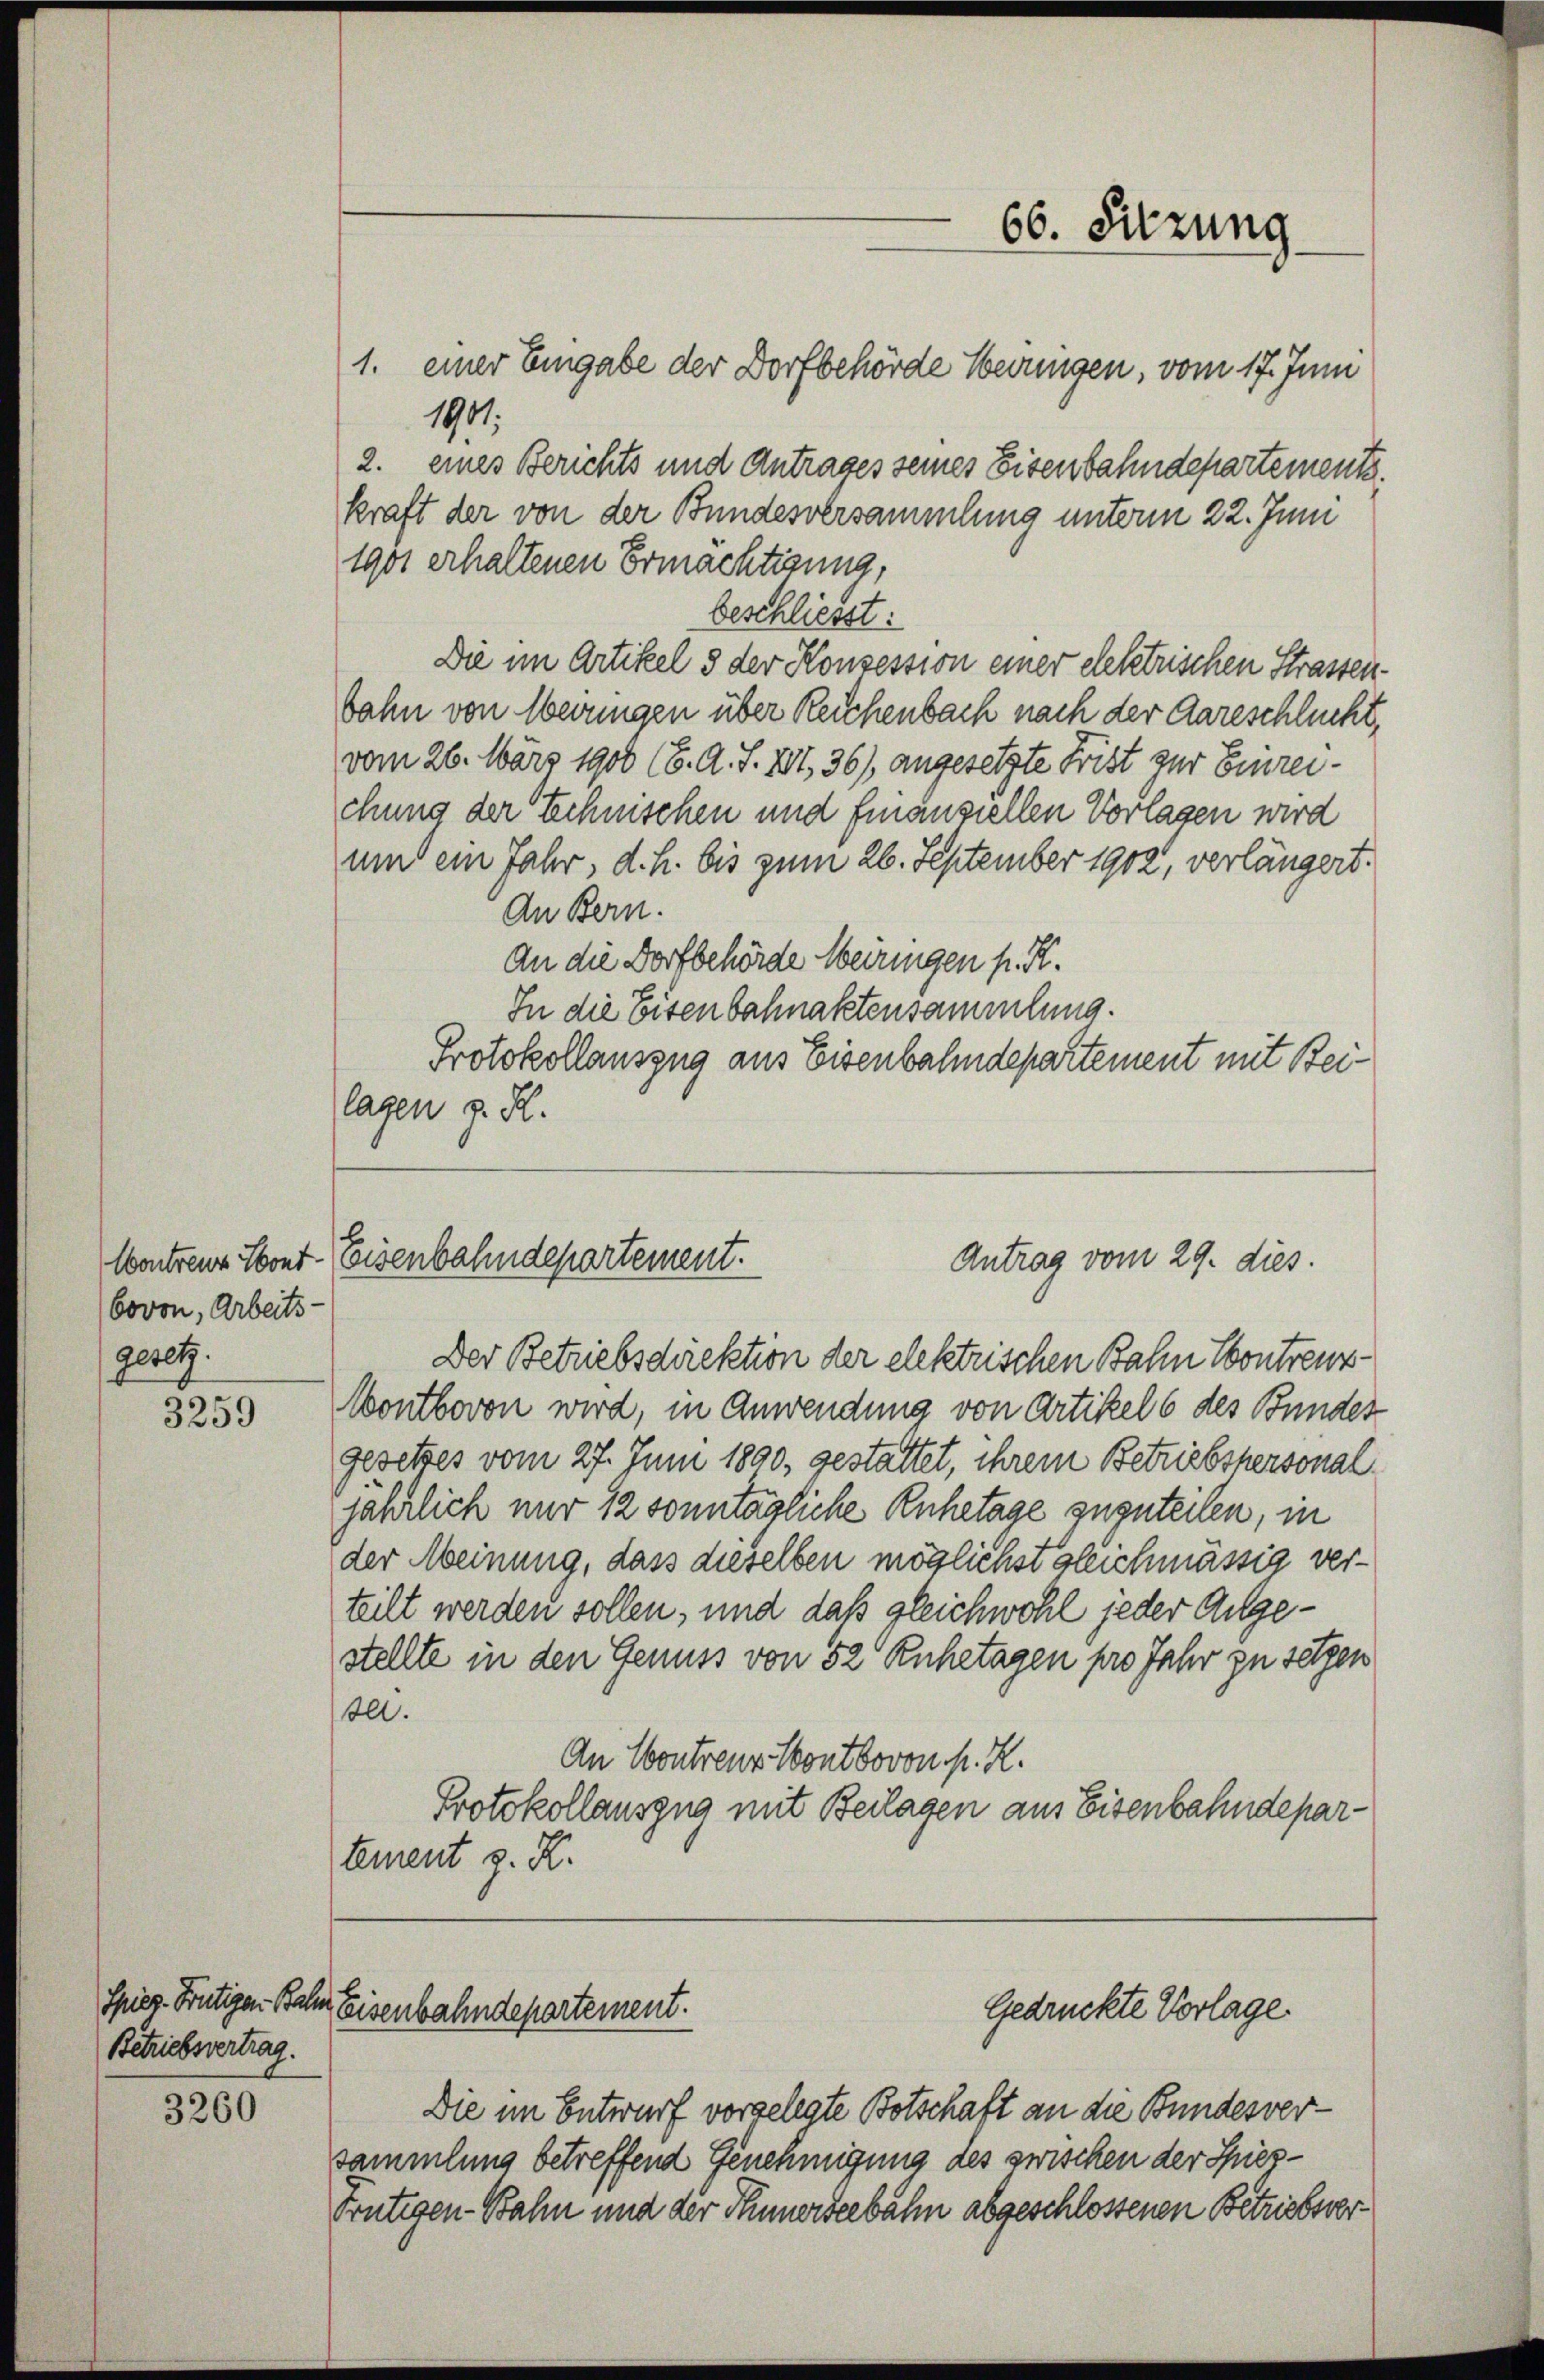
bovon, Arbeits-
gesetz.

3259

Spieg. Frutigen Bahn
Betriebsvertrag.

3260

1. einer Eingabe der Dorfbehörde serungen, vom 17. Juni
1941.
2. eines Berichts und Antrages seines Eisenbahndepartements.
kraft der von der Bundesversammlung unterm 22. Juni
1901 erhaltenen Ermächtigung,
beschliesst:
Die im Artikel 5 der Konzession einer elektrischen Strassen
bahn von Meiringen über Reichenbach nach der Aareschlucht,
vom 26. März 1900 (6. A. S. XVI, 36), angesetzte Frist zur Einreichung der Technischen und finanziellen Vorlagen wird
um ein Jahr, d.h. bis zum 26. September 1902, verlängert.
An Bern.
An die Dorfbehörde Meiringen p. K.
In die Eisenbahnaktensammlung.
Protokollauszug aus Eisenbahndepartement mit Beilagen z. R.

Der Betriebsdirektion der elektrischen Bahn Contrenz¬
Montbovon wird, in Anwendung von Artikel 6 des Bundes
gesetzes vom 27. Juni 1890, gestattet, ihrem Betriebstersonaljährlich nur 12 sonntägliche Anhetage zugeteilen, in
der Meinung, dass dieselben möglichst gleichmässig verteilt werden sollen, und daß gleichwohl jeder Angestellte in den Genuss von 52 Ruhetagen pro Jahr zu setzen
bl.
An Contreuz Pontbovon P. R.
Protokollauszug mit Beilagen aus Eisenbahndepartement z. R.

66. Sitzung

Antrag vom 29. dies
Contreue Sont-Eisenbahndepartement.

Eeisenbahndepartement.

Gedruckte Vorlage.

Die im Entwurf vorgelegte Botschaft an die Bundesversammlung betreffend Genehmigung des zwischen der Spiez¬
Frutigen-Bahn und der Thunerseebahn abgeschlossenen Betriebsver